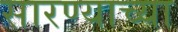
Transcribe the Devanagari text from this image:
सारण्याच्या